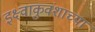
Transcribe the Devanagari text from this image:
इक्ष्वाकुवंशाच्या